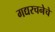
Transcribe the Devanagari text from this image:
गद्यरचनेचे